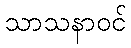
သာသနာဝင်